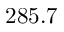
2 8 5 . 7